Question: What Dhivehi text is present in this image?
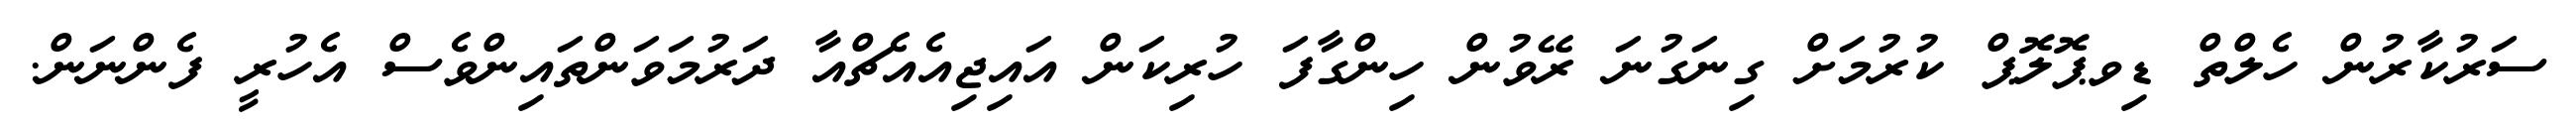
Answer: ސަރުކާރުން ހެލްތް ޑިވޕޮލޮޕް ކުރުމަށް ގިނަގުނަ ރޭވުން ހިންގާފަ ހުރިކަން އައިޖިއެއެޗްއާ ދަރުމަވަންތައިންވެސް އެހުރީ ފެންނަން.